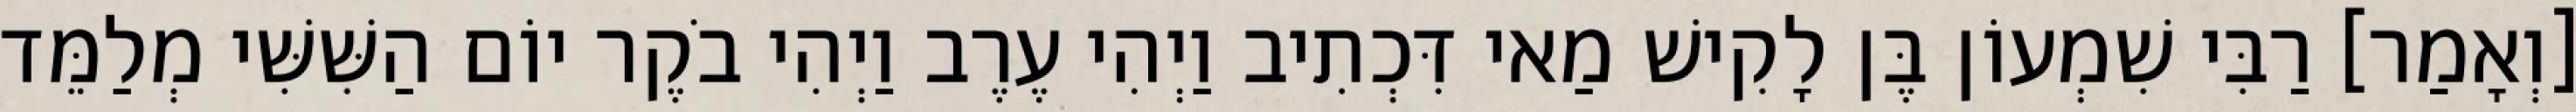
[וְאָמַר] רַבִּי שִׁמְעוֹן בֶּן לָקִישׁ מַאי דִּכְתִיב וַיְהִי עֶרֶב וַיְהִי בֹקֶר יוֹם הַשִּׁשִּׁי מְלַמֵּד